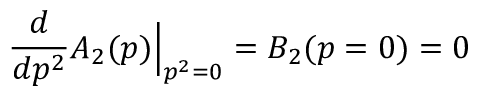
\frac { d } { d p ^ { 2 } } A _ { 2 } ( p ) \Big | _ { p ^ { 2 } = 0 } = B _ { 2 } ( p = 0 ) = 0